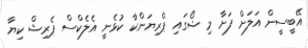
އޭބީސީން އަލަށް ފަށާ މި ޝޯގައި ޕްރިޔަންކާ ކުޅެނީ އެލެކްސް ޕެރިޝް ކިޔާ